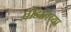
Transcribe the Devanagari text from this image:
तोडनिच्या